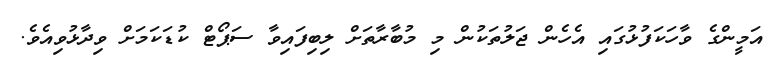
އަމީންގެ ވާހަކަފުޅުގައި އެހެން ޖަލުތަކުން މި މުބާރާތަށް ލިބިފައިވާ ސަޕޯޓް ކުޑަކަމަށް ވިދާޅުވިއެވެ.